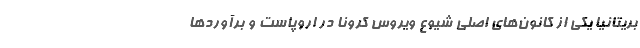
بریتانیا یکی از کانون‌های اصلی شیوع ویروس کرونا در اروپاست و برآوردها